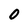
Character: 0